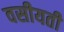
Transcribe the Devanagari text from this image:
वसीयती